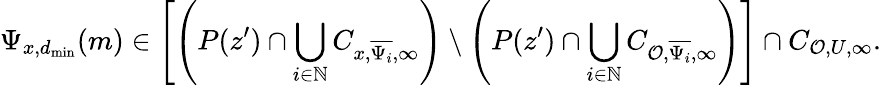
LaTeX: \Psi_{x,d_{\mathrm{min}}}(m)\in\left[\left(P(z^{\prime})\cap\bigcup_{i\in\mathbb{N}}C_{x,\overline{{\Psi_{i}}},\infty}\right)\setminus\left(P(z^{\prime})\cap\bigcup_{i\in\mathbb{N}}C_{\mathcal{O},\overline{{\Psi_{i}}},\infty}\right)\right]\cap C_{\mathcal{O},U,\infty}.